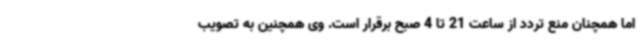
اما همچنان منع تردد از ساعت 21 تا 4 صبح برقرار است. وی همچنین به تصویب